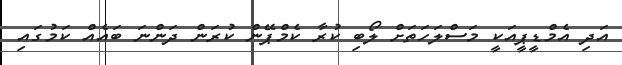
އަދި އެމްޑީޕީއަކީ މަސްލަހަތަށް ލޯބި ކުރާ ކެމްޕޭން ކުރަން ދަންނަ ބައެއް ކަމުގައި